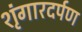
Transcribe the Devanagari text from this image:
शृंगारदर्पण